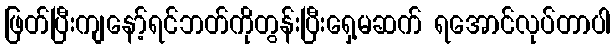
ဖြတ်ပြီးကျနော့်ရင်ဘတ်ကိုတွန်းပြီးရှေ့မဆက် ရအောင်လုပ်တာပါ